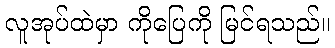
လူအုပ်ထဲမှာ ကိုပြေကို မြင်ရသည်။